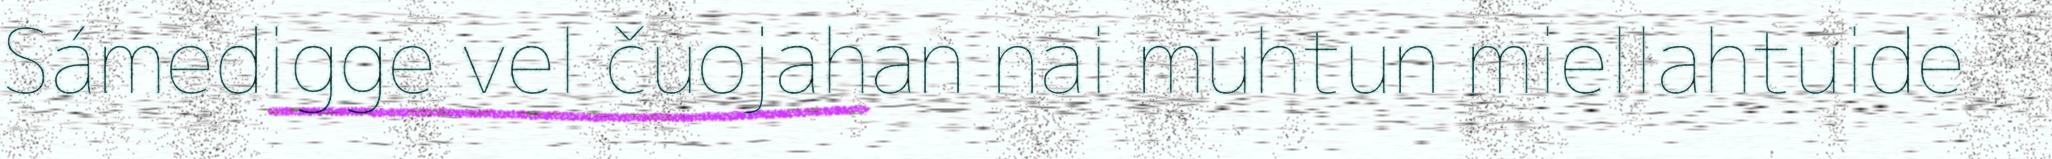
Sámedigge vel čuojahan nai muhtun miellahtuide